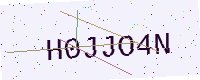
Text: H0JJO4N